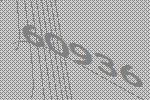
60936